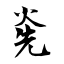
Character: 灮